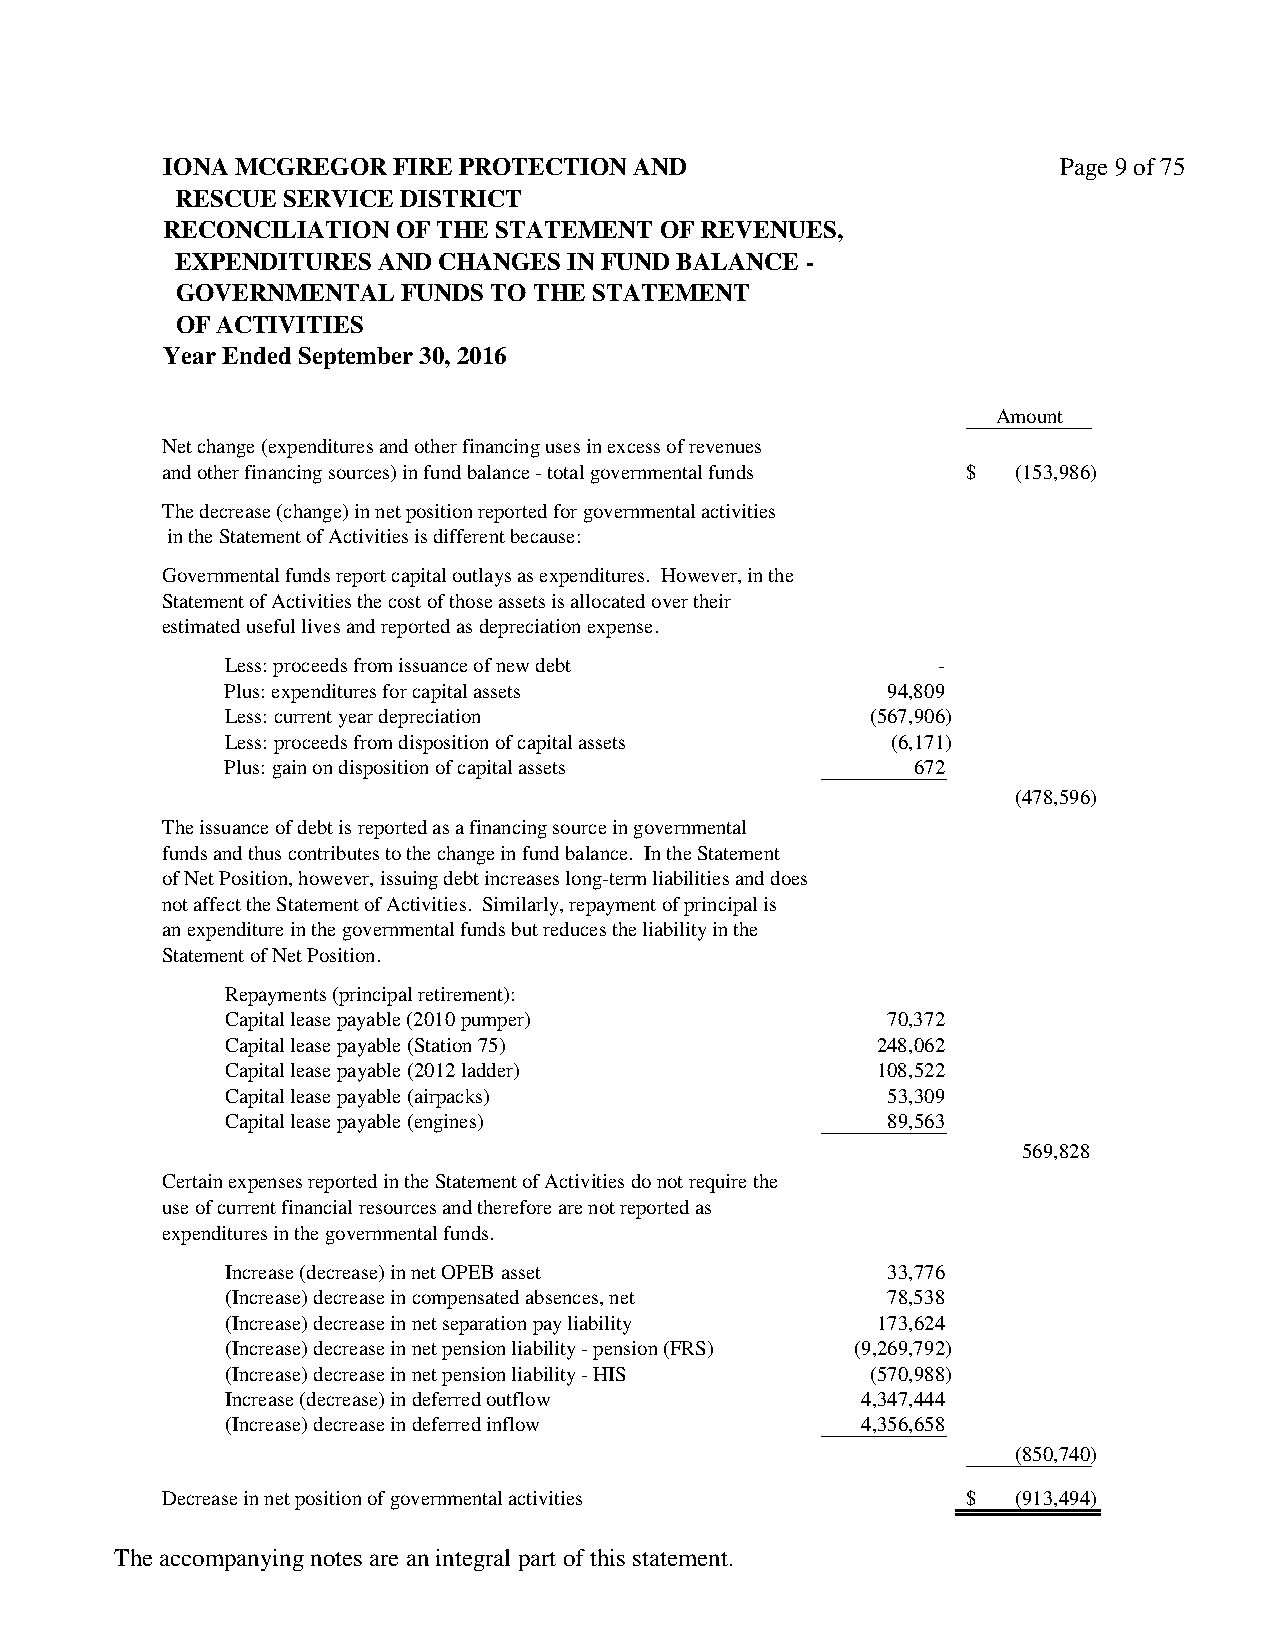
IONA MCGREGOR  FIRE PROTECTION AND                         Page 9 of 75
 RESCUE SERVICE DISTRICT
 RECONCILIATION OF THE STATEMENT  OF REVENUES,
 EXPENDITURES AND CHANGES  IN FUND BALANCE -
 GOVERNMENTAL   FUNDS TO THE STATEMENT
 OF ACTIVITIES
 Year Ended September 30, 2016
 Amount
 Net change (expenditures and other financing uses in excess of revenues
 and other financing sources) in fund balance - total governmental funds $ (153,986)
 The decrease (change) in net position reported for governmental activities
 in the Statement of Activities is different because:
 Governmental funds report capital outlays as expenditures. However, in the
 Statement of Activities the cost of those assets is allocated over their
 estimated useful lives and reported as depreciation expense.
 Less: proceeds from issuance of new debt       -
 Plus: expenditures for capital assets       94,809
 Less: current year depreciation            (567,906)
 Less: proceeds from disposition of capital assets (6,171)
 Plus: gain on disposition of capital assets  672
 (478,596)
 The issuance of debt is reported as a financing source in governmental
 funds and thus contributes to the change in fund balance. In the Statement
 of Net Position, however, issuing debt increases long-term liabilities and does
 not affect the Statement of Activities. Similarly, repayment of principal is
 an expenditure in the governmental funds but reduces the liability in the
 Statement of Net Position.
 Repayments (principal retirement):
 Capital lease payable (2010 pumper)         70,372
 Capital lease payable (Station 75)         248,062
 Capital lease payable (2012 ladder)        108,522
 Capital lease payable (airpacks)            53,309
 Capital lease payable (engines)             89,563
 569,828
 Certain expenses reported in the Statement of Activities do not require the
 use of current financial resources and therefore are not reported as
 expenditures in the governmental funds.
 Increase (decrease) in net OPEB asset       33,776
 (Increase) decrease in compensated absences, net 78,538
 (Increase) decrease in net separation pay liability 173,624
 (Increase) decrease in net pension liability - pension (FRS) (9,269,792)
 (Increase) decrease in net pension liability - HIS (570,988)
 Increase (decrease) in deferred outflow   4,347,444
 (Increase) decrease in deferred inflow    4,356,658
 (850,740)
 Decrease in net position of governmental activities  $  (913,494)
 The accompanying notes are an integral part of this statement.